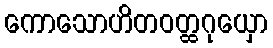
ကောသောဟိတဝတ္ထဂုယှော